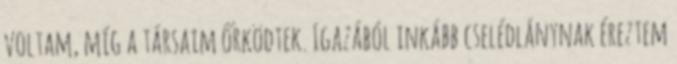
voltam, míg a társaim őrködtek. Igazából inkább cselédlánynak éreztem